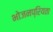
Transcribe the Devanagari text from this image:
भोजनप्रियता